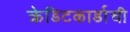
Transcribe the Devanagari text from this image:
क्रेडिटकार्डाची